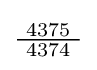
{\tfrac {\ 4375\ }{4374}}